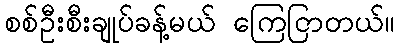
စစ်ဦးစီးချုပ်ခန့်မယ် ကြေငြာတယ်။